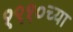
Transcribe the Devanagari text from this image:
१९१०च्या